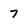
Character: 7